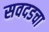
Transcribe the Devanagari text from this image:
सवदडचा